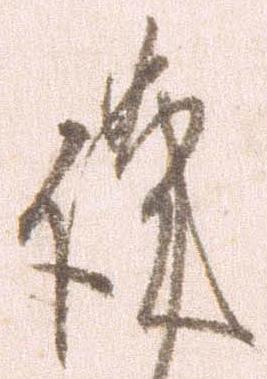
謹